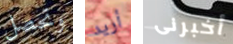
وتحصل أريد أخبرنى